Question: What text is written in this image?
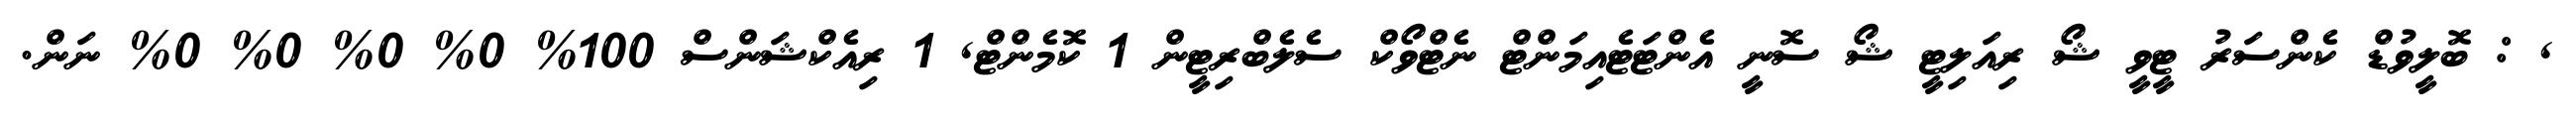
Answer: , : ބޮލީވުޑް ކެންސަރު ޓީވީ ޝޯ ރިއަލިޓީ ޝޯ ސޮނީ އެންޓަޓެއިމަންޓް ނެޓްވޯކް ސެލެބްރިޓީން 1 ކޮމެންޓް, 1 ރިއެކްޝަންސް 100% 0% 0% 0% 0% ނަން.